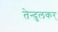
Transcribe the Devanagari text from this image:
तेन्दुलकर्